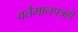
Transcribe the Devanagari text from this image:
वर्तमानपत्रही